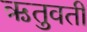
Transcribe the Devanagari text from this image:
ऋतुवती